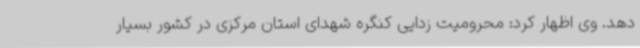
دهد. وی اظهار کرد: محرومیت زدایی کنگره شهدای استان مرکزی در کشور بسیار